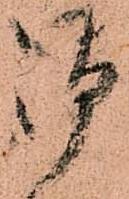
御